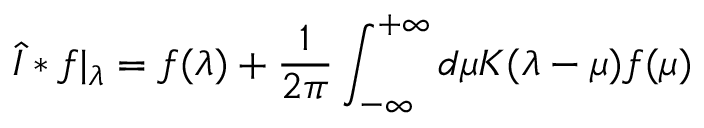
\widehat { \cal I } * f \vert _ { \lambda } = f ( \lambda ) + { \frac { 1 } { 2 \pi } } \int _ { - \infty } ^ { + \infty } d \mu K ( \lambda - \mu ) f ( \mu )